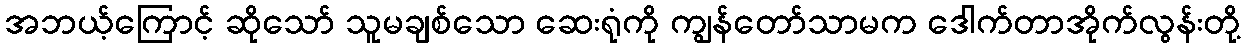
အဘယ့်ကြောင့် ဆိုသော် သူမချစ်သော ဆေးရုံကို ကျွန်တော်သာမက ဒေါက်တာအိုက်လွန်းတို့